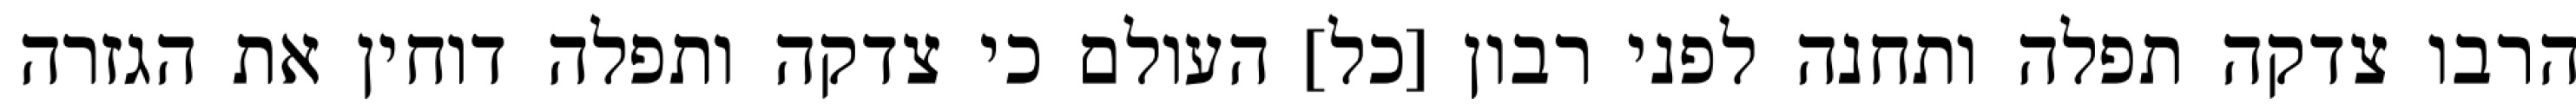
הרבו צדקה תפלה ותחנה לפני רבון [כל] העולם כי צדקה ותפלה דוחין את הגזרה